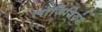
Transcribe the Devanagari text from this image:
लॉजिशियंस